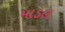
માડલ